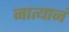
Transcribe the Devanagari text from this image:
नात्यानं